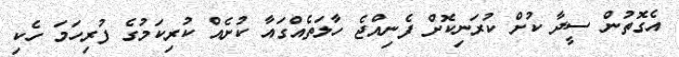
އެގޮތުން ސީދާ ކުށް ކުރަނިކޮށް ފެނިއްޖެ ހާލަތެއްގައާ ކުށެއް ކުރިކަމުގެ ފުރިހަމަ ހެކި